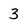
Character: 3